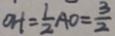
O H = \frac { 1 } { 2 } A O = \frac { 3 } { 2 }